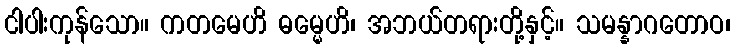
ငါပါးကုန်သော။ ကတမေဟိ ဓမ္မေဟိ၊ အဘယ်တရားတို့နှင့်။ သမန္နာဂတောဝ၊